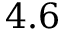
4 . 6